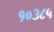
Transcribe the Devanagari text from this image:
१०३८५